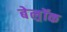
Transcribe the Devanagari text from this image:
बेल्रॉक